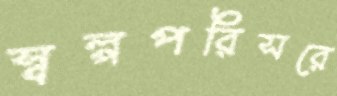
স্বল্পপরিসরে